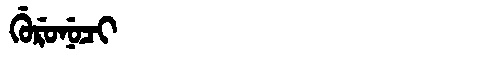
Manchu: ᡤᡠᡵᡠᠨᡠᠴᡳ
Romanization: GURUNUCI